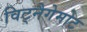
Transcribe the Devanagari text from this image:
विट्नैगेमोट